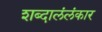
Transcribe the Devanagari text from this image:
शब्दालंलंकार